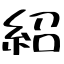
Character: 紹